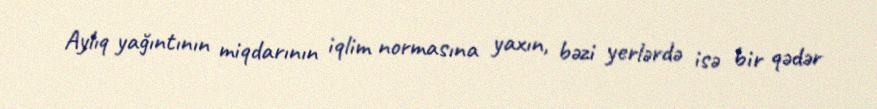
Aylıq yağıntının miqdarının iqlim normasına yaxın, bəzi yerlərdə isə bir qədər